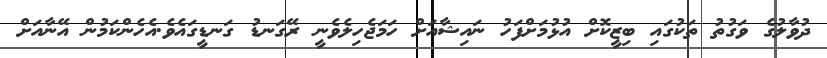
ދުވާލުގެ ވަގުތު ތަކުގައި ބިޒީކޮށް އުޅުމަށްފަހު ނައިޝާއަށް ހަމަޖެހިލެވެނީ ރޭގަނޑު ގަނޑީގައެވެ.އެހެންކަމުން އޭނާއަށް